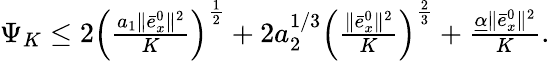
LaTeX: \begin{array}{r}{\Psi_{K}\leq 2\left(\frac{a_{1}\| \bar{e}_{x}^{0}\| ^{2}}{K}\right)^{\frac{1}{2}}+2a_{2}^{1/3}\left(\frac{\| \bar{e}_{x}^{0}\| ^{2}}{K}\right)^{\frac{2}{3}}+\frac{\underline{{\alpha}}\| \bar{e}_{x}^{0}\| ^{2}}{K}.}\end{array}